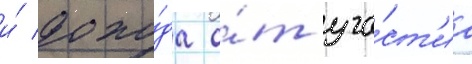
и́ дохо́да о́т уча́ст'иа